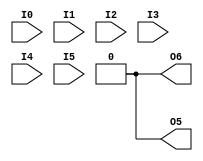
module LUT6_2(output O6, output O5, input I0, I1, I2, I3, I4, I5);
  parameter [63:0] INIT = 0;
  wire [31: 0] s5 = I5 ? INIT[63:32] : INIT[31: 0];
  wire [15: 0] s4 = I4 ?   s5[31:16] :   s5[15: 0];
  wire [ 7: 0] s3 = I3 ?   s4[15: 8] :   s4[ 7: 0];
  wire [ 3: 0] s2 = I2 ?   s3[ 7: 4] :   s3[ 3: 0];
  wire [ 1: 0] s1 = I1 ?   s2[ 3: 2] :   s2[ 1: 0];
  assign O6 = I0 ? s1[1] : s1[0];
  wire [15: 0] s5_4 = I4 ? INIT[31:16] : INIT[15: 0];
  wire [ 7: 0] s5_3 = I3 ? s5_4[15: 8] : s5_4[ 7: 0];
  wire [ 3: 0] s5_2 = I2 ? s5_3[ 7: 4] : s5_3[ 3: 0];
  wire [ 1: 0] s5_1 = I1 ? s5_2[ 3: 2] : s5_2[ 1: 0];
  assign O5 = I0 ? s5_1[1] : s5_1[0];
endmodule